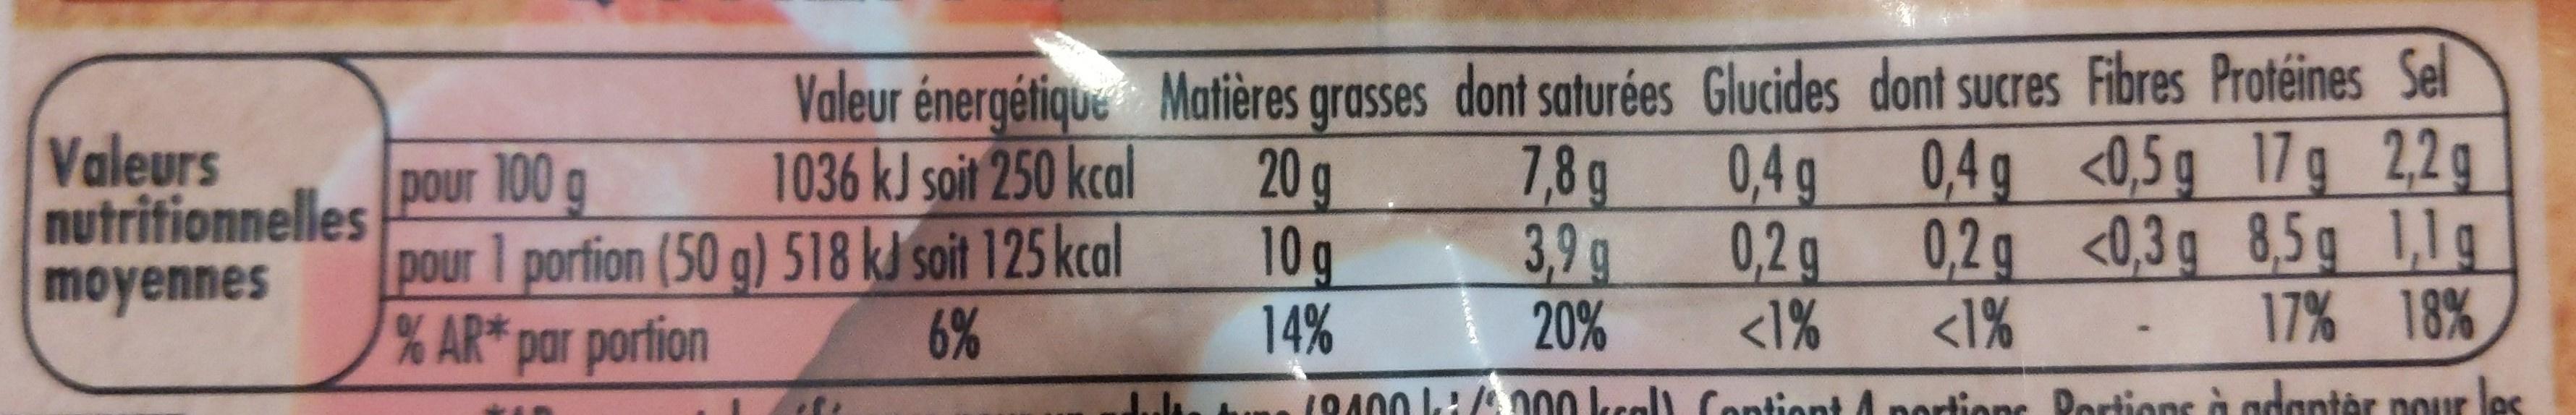
Valeur énergétique Matières grasses dont saturées Glucides dont sucres Fibres Protéines Sel 1036 kJ soit 250 kcal
g 2,2g
Valeurs nutritionnelles moyennes
0,4g <0,5g 17
7,8g 3,9 g
100g
0,4g
20g 10g 14%
pour
69
0,2 g
0,2g <0,3g 8,5g 1,1g
pour 1 porfion (50 g) 518 kJ soit 125 kcal T% AR* par portion
6%
20%
<1%
<1%
17% 18%
19400 L:/000 ksell Contiont A pertions Pertions à adanter nour les